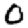
Digit: 0